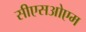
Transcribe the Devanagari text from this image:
सीएसओएम